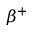
\beta ^ { + }